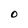
Character: 0